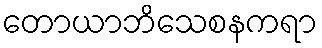
တောယာဘိသေစနကရာ